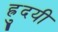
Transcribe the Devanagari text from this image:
ह्रुदयी